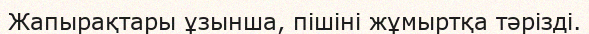
Жапырақтары ұзынша, пішіні жұмыртқа тәрізді.